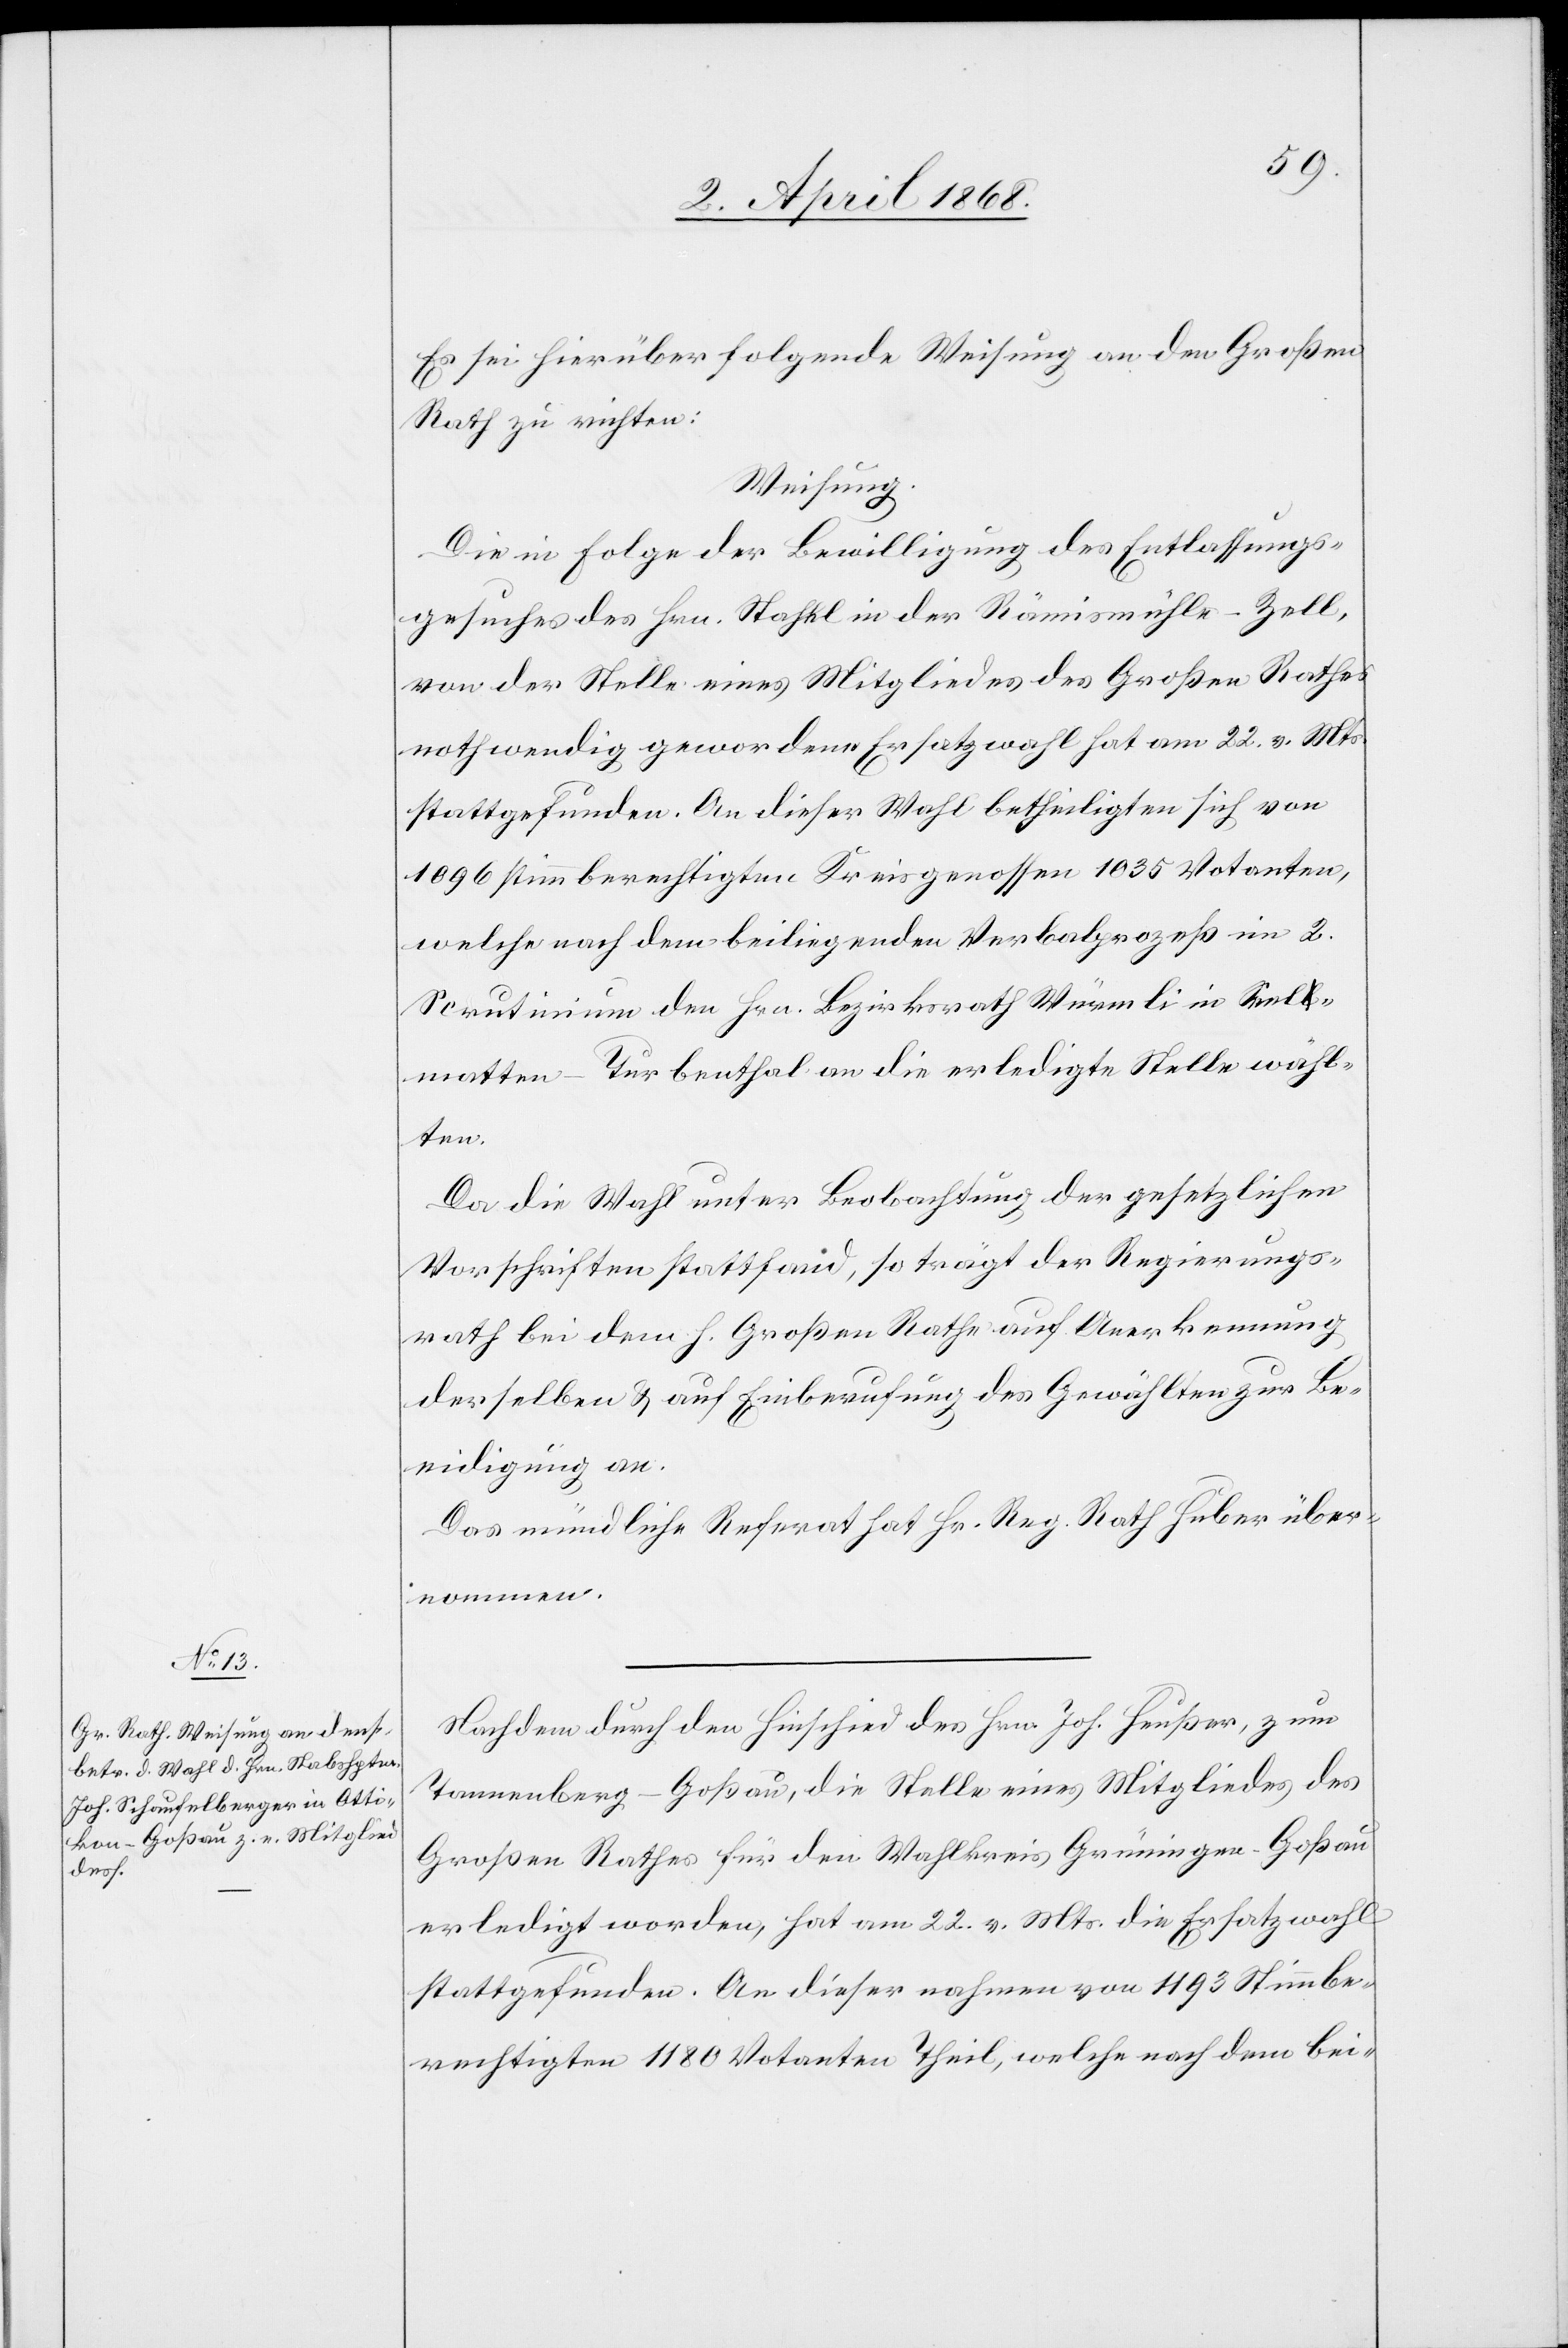
Es sei hierüber folgende Weisung an den Großen
Rath zu richten:
Weisung.
Die in Folge der Bewilligung des Entlassungs¬
gesuches des Hrn. Stahel in der Rämismühle-Zell,
von der Stelle eines Mitgliedes des Großen Rathes
nothwendig gewordene Ersatzwahl hat am 22. v. Mts.
stattgefunden. An dieser Wahl betheiligten sich von
1096 stimmberechtigten Kreisgenossen 1035 Votanten,
welche nach dem beiliegenden Verbalprozeß im 2.
Scrutinium den Hrn. Bezirksrath Würmli in Seel¬
matten-Turbenthal an die erledigte Stelle wähl¬
ten.
Da die Wahl unter Beobachtung der gesetzlichen
Vorschriften stattfand, so trägt der Regierungs¬
rath bei dem h. Großen Rathe auf Anerkennung
derselben & auf Einberufung des Gewählten zur Be¬
eidigung an.
Das mündliche Referat hat Hr. Reg. Rath Huber über¬
nommen.
Nachdem durch den Hinschied des Hrn. Joh. Heußer, zum
Tannenberg-Goßau, die Stelle eines Mitgliedes des
Großen Rathes für den Wahlkreis Grüningen-Goßau
erledigt worden, hat am 22. v. Mts. die Ersatzwahl
stattgefunden. An dieser nahmen von 1193 Stimmbe¬
rechtigten 1180 Votanten Theil, welche nach dem bei-